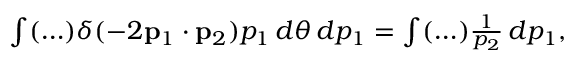
\begin{array} { r } { \int ( \ldots ) \delta ( - 2 { \bf p } _ { 1 } \cdot { \bf p } _ { 2 } ) p _ { 1 } \, d \theta \, d p _ { 1 } = \int ( \ldots ) \frac { 1 } { p _ { 2 } } \, d p _ { 1 } , } \end{array}